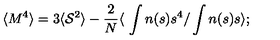
\langle M ^ { 4 } \rangle = 3 \langle { \cal { S } } ^ { 2 } \rangle - { \frac { 2 } { N } } \langle \ \int n ( s ) s ^ { 4 } / \int n ( s ) s \rangle ;